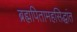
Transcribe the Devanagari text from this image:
ब्रह्मपितामहसिद्धांत